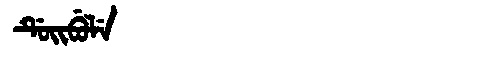
Manchu: ᡩᡠᡳᠪᡠᠯᡝ
Romanization: DUIBULE